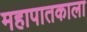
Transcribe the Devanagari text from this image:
महापातकाला